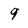
Character: 9